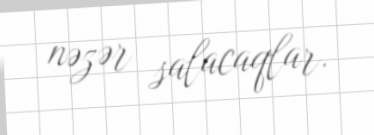
nəzər salacaqlar.